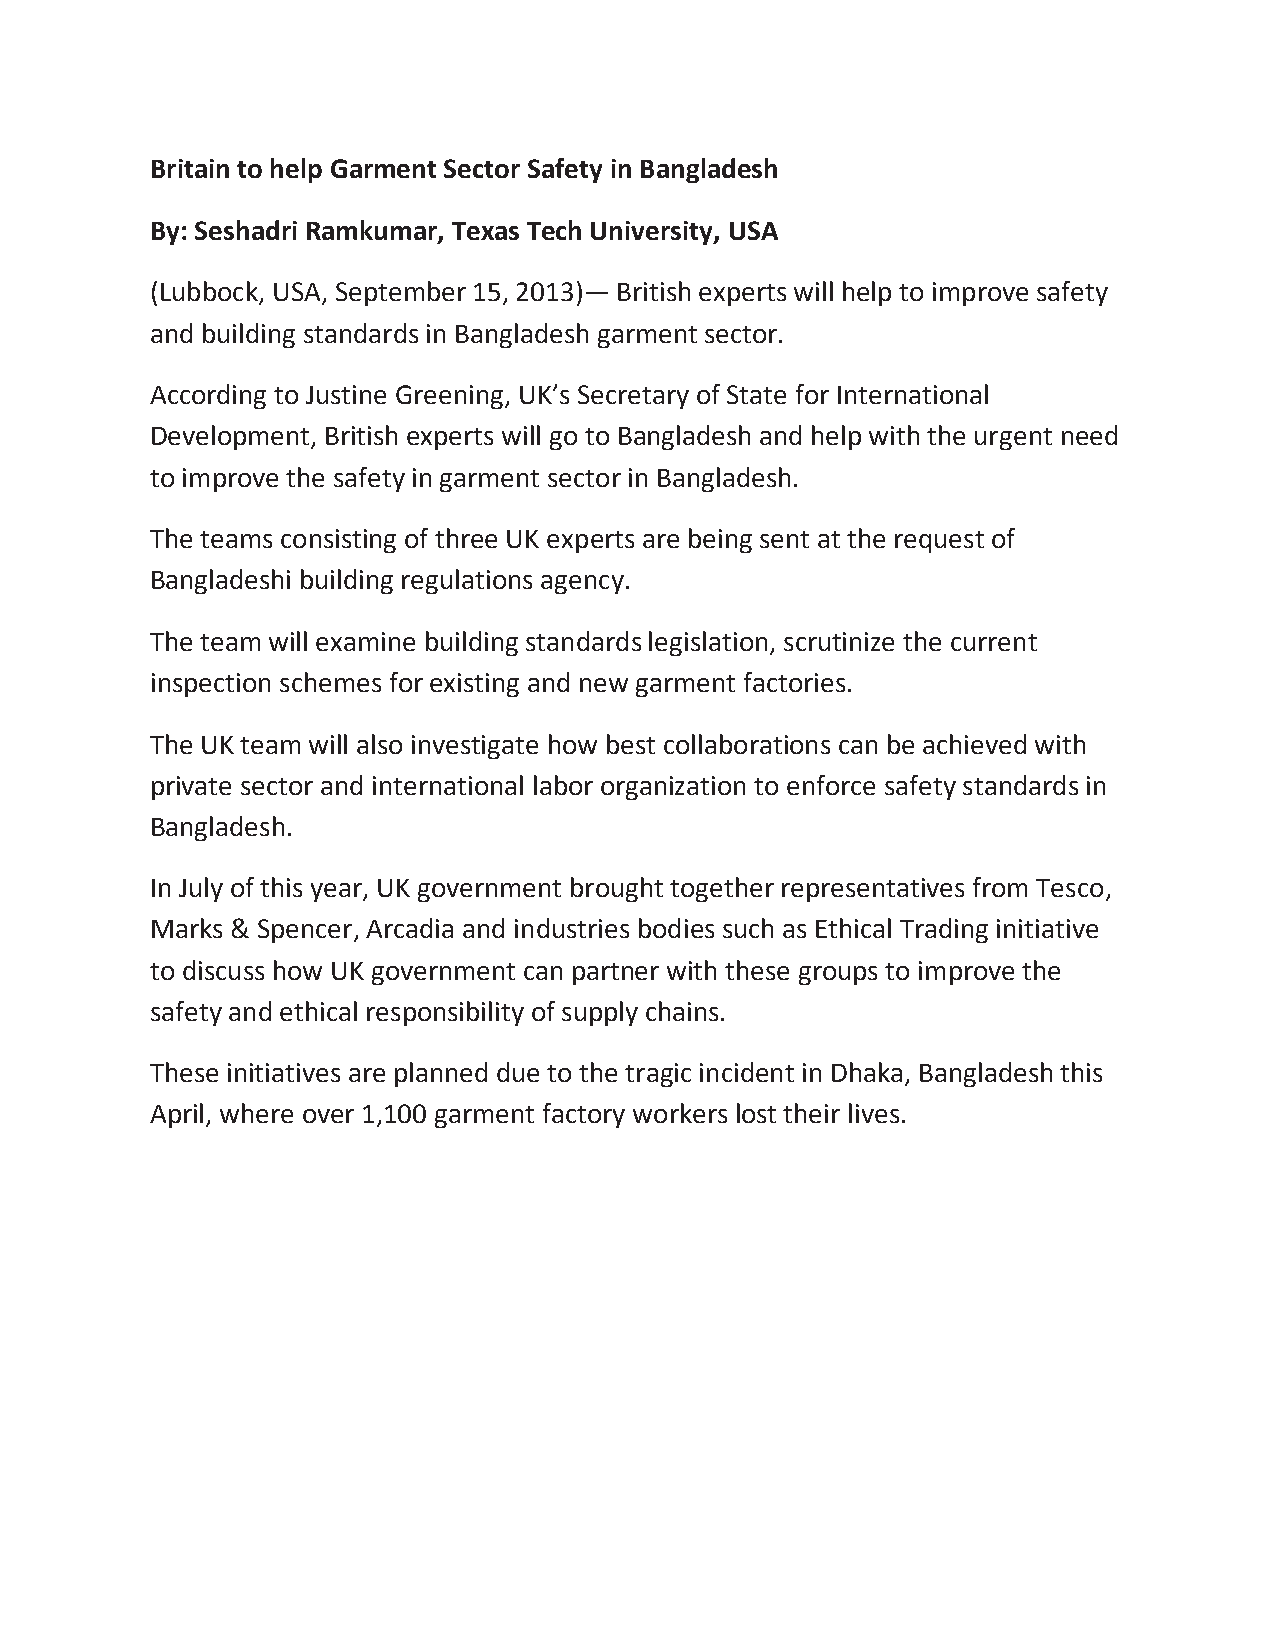
Britain to help Garment Sector Safety in Bangladesh
 By: Seshadri Ramkumar, Texas Tech University, USA
 (Lubbock, USA, September 15, 2013)— British experts will help to improve safety
 and building standards in Bangladesh garment sector.
 According to Justine Greening, UK’s Secretary of State for International
 Development, British experts will go to Bangladesh and help with the urgent need
 to improve the safety in garment sector in Bangladesh.
 The teams consisting of three UK experts are being sent at the request of
 Bangladeshi building regulations agency.
 The team will examine building standards legislation, scrutinize the current
 inspection schemes for existing and new garment factories.
 The UK team will also investigate how best collaborations can be achieved with
 private sector and international labor organization to enforce safety standards in
 Bangladesh.
 In July of this year, UK government brought together representatives from Tesco,
 Marks & Spencer, Arcadia and industries bodies such as Ethical Trading initiative
 to discuss how UK government can partner with these groups to improve the
 safety and ethical responsibility of supply chains.
 These initiatives are planned due to the tragic incident in Dhaka, Bangladesh this
 April, where over 1,100 garment factory workers lost their lives.